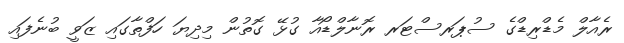
ރެއާލް މެޑްރިޑްގެ ސުޕަރސްޓަރ ރޮނާލްޑޯއާ ގުޅޭ ގޮތުން މިދިޔަ ހަފްތާގައި ޒަވީ ބުނެފައި